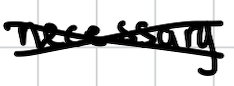
Text: necessary
Cross-out: cross
Writing tool: digital_black